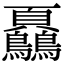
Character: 𩖔